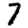
Digit: 7